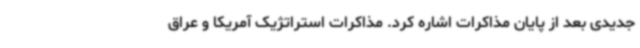
جدیدی بعد از پایان مذاکرات اشاره کرد. مذاکرات استراتژیک آمریکا و عراق